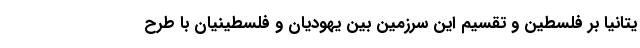
یتانیا بر فلسطین و تقسیم این سرزمین بین یهودیان و فلسطینیان با طرح